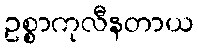
ဥစ္စာကုလီနတာယ